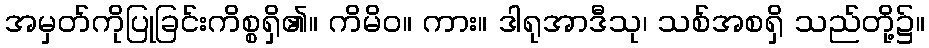
အမှတ်ကိုပြုခြင်းကိစ္စရှိ၏။ ကိမိဝ။ ကား။ ဒါရုအာဒီသု၊ သစ်အစရှိ သည်တို့၌။